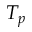
T _ { p }